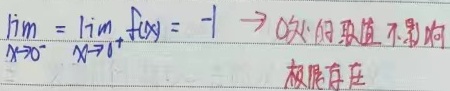
若\(\lim\limits_{x \to 0^{-}}f(x)=\lim\limits_{x \to 0^{+}} f(x)= -1\)，则\(x = 0\)处的取值不影响极限存在。